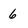
Character: 6